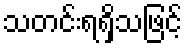
သတင်းရရှိသဖြင့်